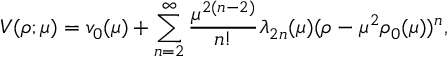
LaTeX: V ( \rho ; \mu ) = v _ { 0 } ( \mu ) + \sum _ { n = 2 } ^ { \infty } \frac { \mu ^ { 2 ( n - 2 ) } } { n ! } \lambda _ { 2 n } ( \mu ) ( \rho - \mu ^ { 2 } \rho _ { 0 } ( \mu ) ) ^ { n } ,